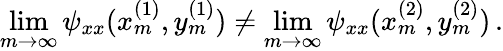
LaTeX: \operatorname*{lim}_{m\rightarrow\infty}\psi_{xx}(x_{m}^{(1)},y_{m}^{(1)})\neq\operatorname*{lim}_{m\rightarrow\infty}\psi_{xx}(x_{m}^{(2)},y_{m}^{(2)})\, .